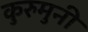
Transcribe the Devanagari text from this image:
कुरुमुनी